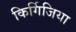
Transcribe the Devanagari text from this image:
किर्गिजिया